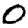
Digit: 0